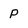
Character: P